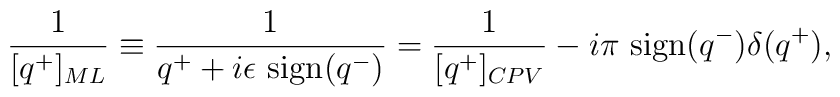
{1\over {[q^+]_{ML}}}\equiv {1\over {q^++i\epsilon \ {\rm sign}(q^-)}} ={1\over {[q^+]_{CPV}}}-i\pi \ {\rm sign}(q^-)\delta (q^+),